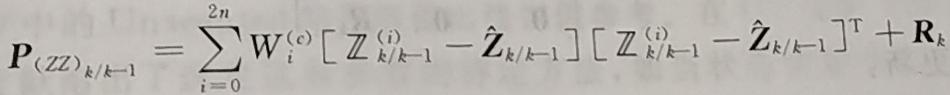
$\boldsymbol{P}_{(\boldsymbol{Z}\boldsymbol{Z})_{k / k - 1}}=\sum_{i = 0}^{2n} \boldsymbol{W}_{i}^{(c)}\left[\boldsymbol{Z}_{k / k - 1}^{(i)}-\hat{\boldsymbol{Z}}_{k / k - 1}\right]\left[\boldsymbol{Z}_{k / k - 1}^{(i)}-\hat{\boldsymbol{Z}}_{k / k - 1}\right]^{\mathrm{T}}+\boldsymbol{R}_{k}$